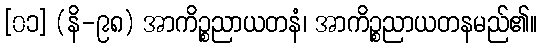
[၀၁] (နိ-၉၈) အာကိဉ္စညာယတနံ၊ အာကိဉ္စညာယတနမည်၏။